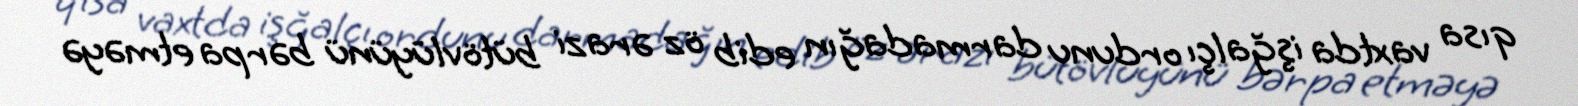
qısa vaxtda işğalçı ordunu darmadağın edib öz ərazi bütövlüyünü bərpa etməyə